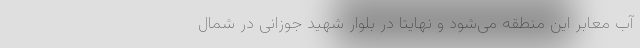
آب معابر این منطقه می‌شود و نهایتاً در بلوار شهید جوزانی در شمال